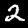
Label: 2